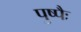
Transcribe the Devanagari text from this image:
पुष्पैः